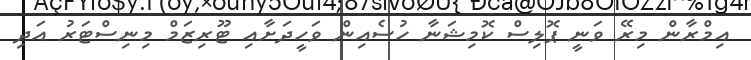
އިމްރާން މިރޭ ވަނީ ޕޮލިސް ކޮމިޝަނާ ހުސެއިން ވަހީދަށާއި ޓޫރިޒަމް މިނިސްޓަރު އަދި